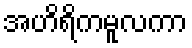
အဟိရိကမူလကာ